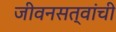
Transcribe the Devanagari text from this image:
जीवनसत्वांची